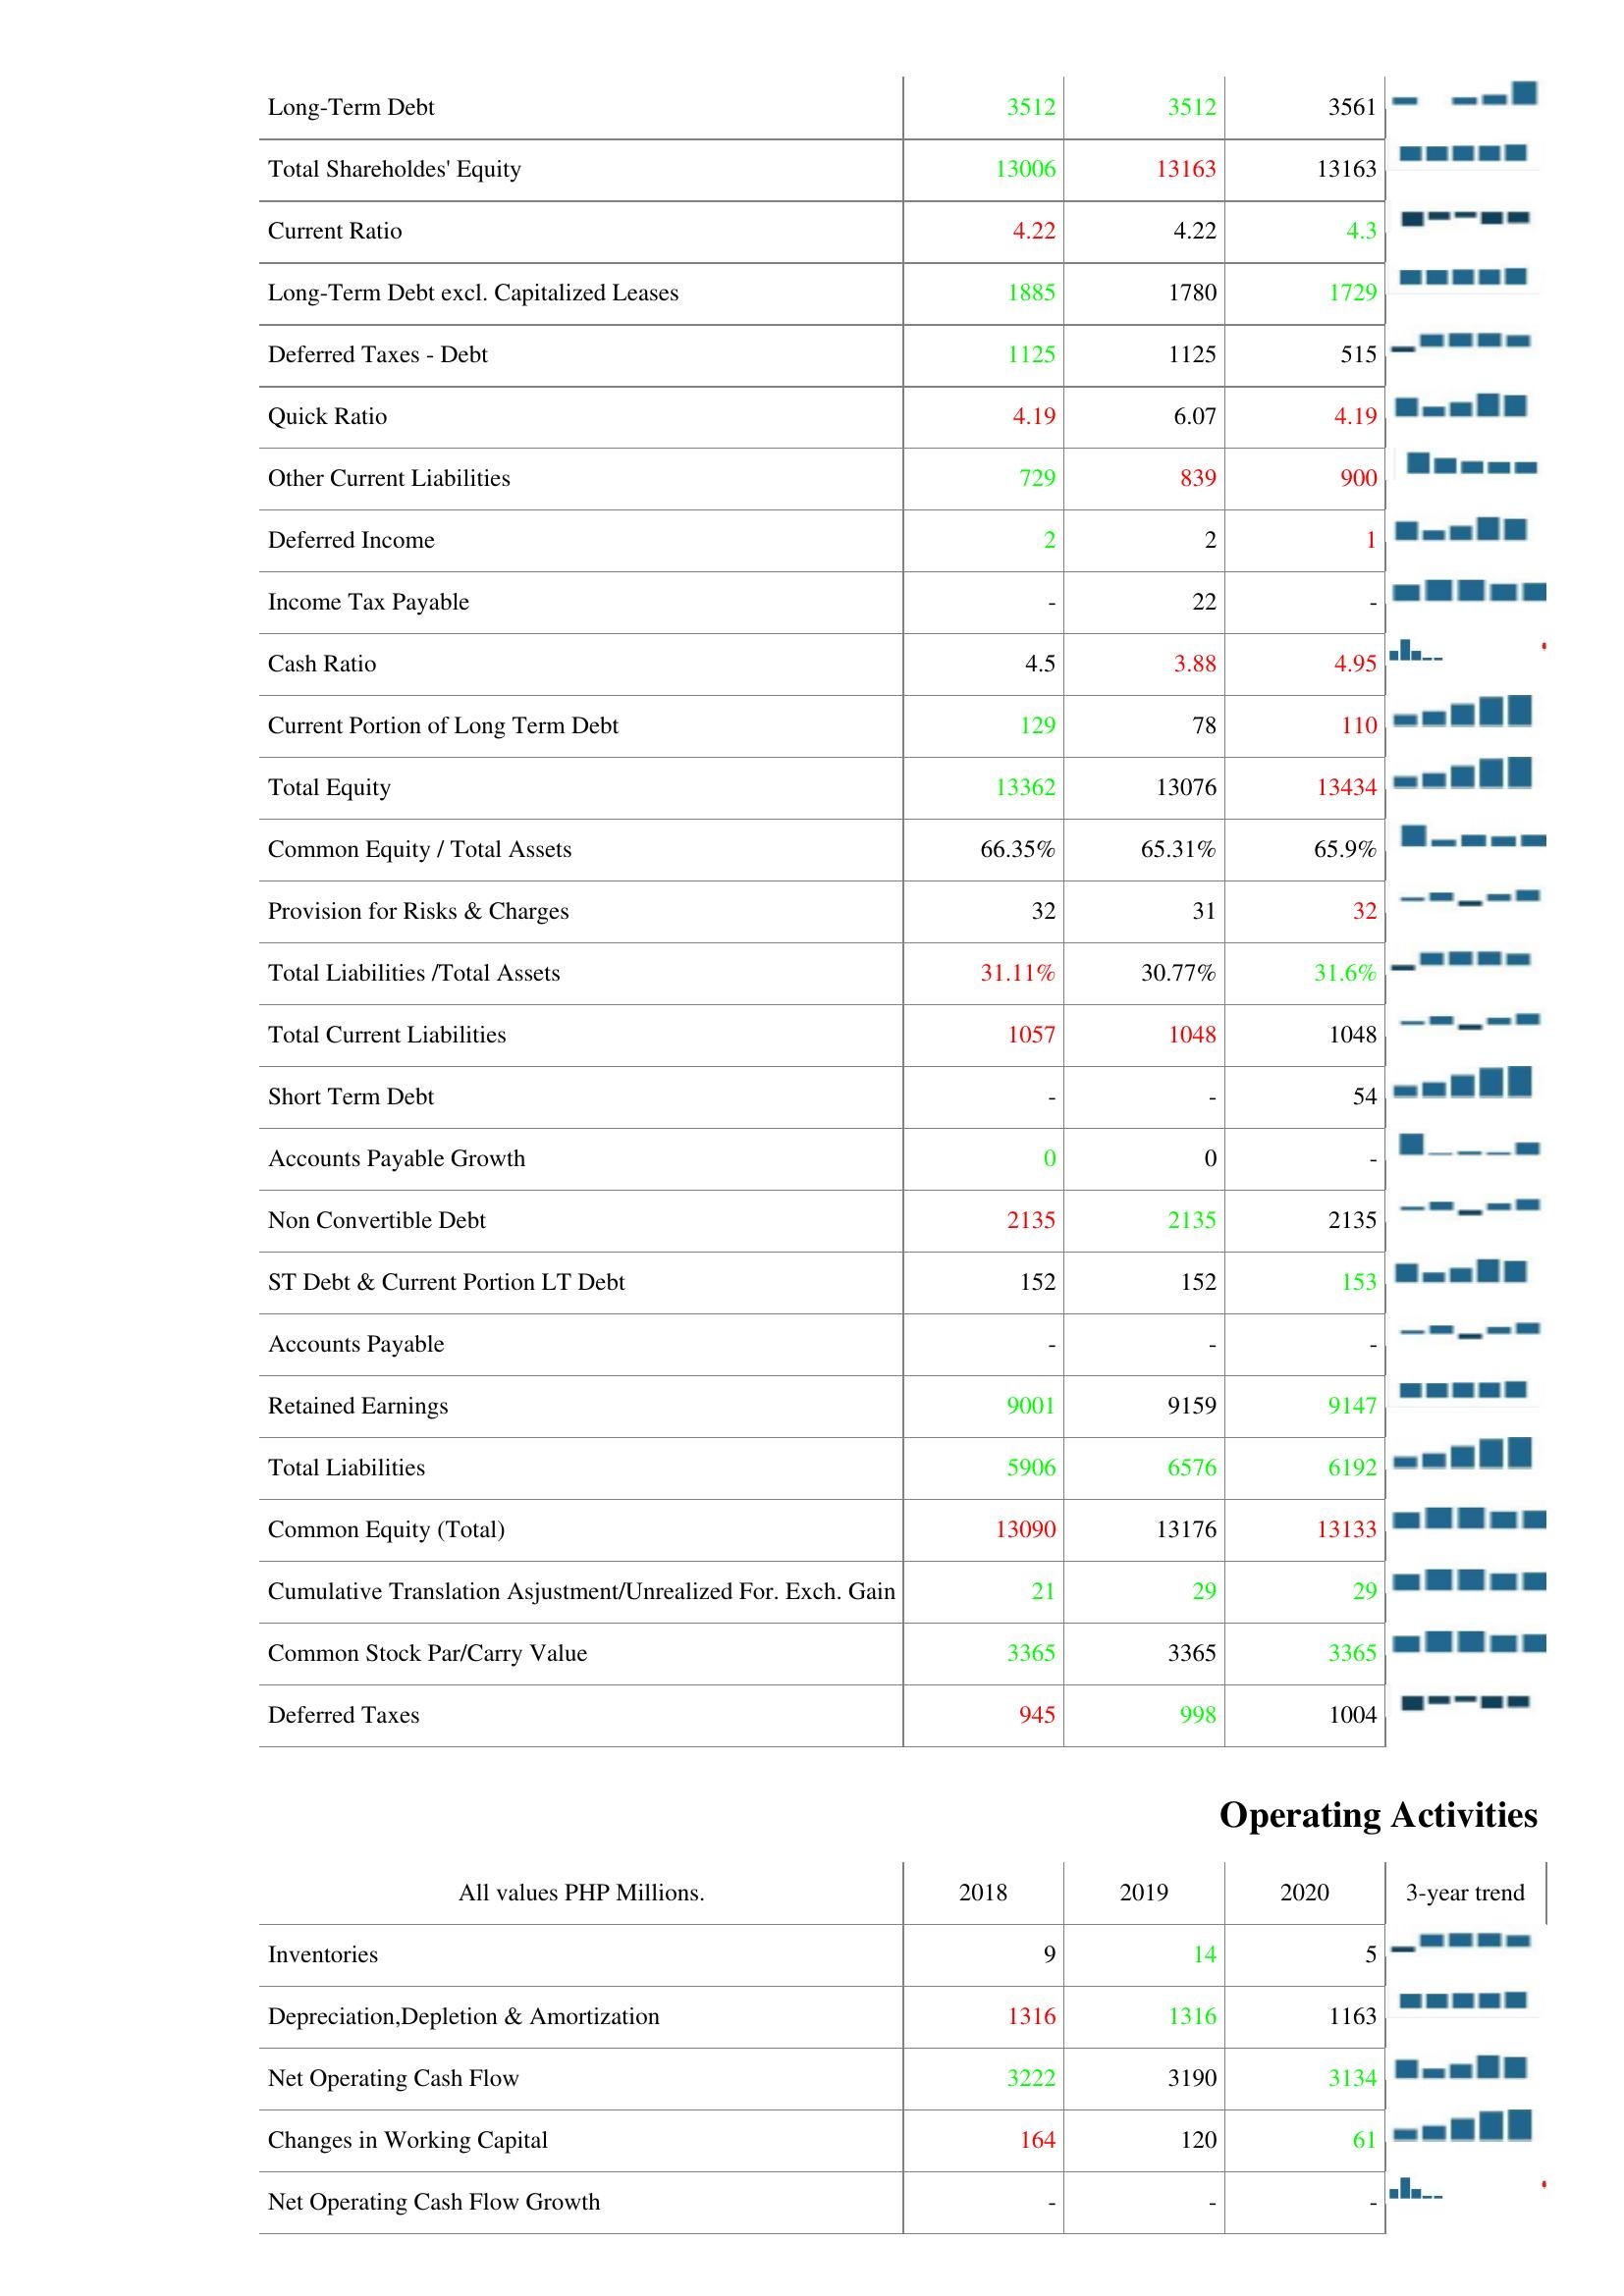
2018: Liabilities & Shareholder's Equity: Long-Term Debt: 3512
Total Shareholdes' Equity: 13006
Current Ratio: 4.22
Long-Term Debt excl. Capitalized Leases: 1885
Deferred Taxes - Debt: 1125
Quick Ratio: 4.19
Other Current Liabilities: 729
Deferred Income: 2
Income Tax Payable: -
Cash Ratio: 4.5
Current Portion of Long Term Debt: 129
Total Equity: 13362
Common Equity / Total Assets: 66.35%
Provision for Risks & Charges: 32
Total Liabilities /Total Assets: 31.11%
Total Current Liabilities: 1057
Short Term Debt: -
Accounts Payable Growth: 0
Non Convertible Debt: 2135
ST Debt & Current Portion LT Debt: 152
Accounts Payable: -
Retained Earnings: 9001
Total Liabilities: 5906
Common Equity (Total): 13090
Cumulative Translation Asjustment/Unrealized For. Exch. Gain: 21
Common Stock Par/Carry Value: 3365
Deferred Taxes: 945
Operating Activities: Inventories: 9
Depreciation,Depletion & Amortization: 1316
Net Operating Cash Flow: 3222
Changes in Working Capital: 164
Net Operating Cash Flow Growth: -
2019: Liabilities & Shareholder's Equity: Long-Term Debt: 3512
Total Shareholdes' Equity: 13163
Current Ratio: 4.22
Long-Term Debt excl. Capitalized Leases: 1780
Deferred Taxes - Debt: 1125
Quick Ratio: 6.07
Other Current Liabilities: 839
Deferred Income: 2
Income Tax Payable: 22
Cash Ratio: 3.88
Current Portion of Long Term Debt: 78
Total Equity: 13076
Common Equity / Total Assets: 65.31%
Provision for Risks & Charges: 31
Total Liabilities /Total Assets: 30.77%
Total Current Liabilities: 1048
Short Term Debt: -
Accounts Payable Growth: 0
Non Convertible Debt: 2135
ST Debt & Current Portion LT Debt: 152
Accounts Payable: -
Retained Earnings: 9159
Total Liabilities: 6576
Common Equity (Total): 13176
Cumulative Translation Asjustment/Unrealized For. Exch. Gain: 29
Common Stock Par/Carry Value: 3365
Deferred Taxes: 998
Operating Activities: Inventories: 14
Depreciation,Depletion & Amortization: 1316
Net Operating Cash Flow: 3190
Changes in Working Capital: 120
Net Operating Cash Flow Growth: -
2020: Liabilities & Shareholder's Equity: Long-Term Debt: 3561
Total Shareholdes' Equity: 13163
Current Ratio: 4.3
Long-Term Debt excl. Capitalized Leases: 1729
Deferred Taxes - Debt: 515
Quick Ratio: 4.19
Other Current Liabilities: 900
Deferred Income: 1
Income Tax Payable: -
Cash Ratio: 4.95
Current Portion of Long Term Debt: 110
Total Equity: 13434
Common Equity / Total Assets: 65.9%
Provision for Risks & Charges: 32
Total Liabilities /Total Assets: 31.6%
Total Current Liabilities: 1048
Short Term Debt: 54
Accounts Payable Growth: -
Non Convertible Debt: 2135
ST Debt & Current Portion LT Debt: 153
Accounts Payable: -
Retained Earnings: 9147
Total Liabilities: 6192
Common Equity (Total): 13133
Cumulative Translation Asjustment/Unrealized For. Exch. Gain: 29
Common Stock Par/Carry Value: 3365
Deferred Taxes: 1004
Operating Activities: Inventories: 5
Depreciation,Depletion & Amortization: 1163
Net Operating Cash Flow: 3134
Changes in Working Capital: 61
Net Operating Cash Flow Growth: -